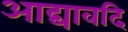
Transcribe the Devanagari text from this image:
आद्यावदि